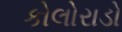
કોલોરાડો